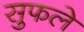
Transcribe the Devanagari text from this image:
सुफले